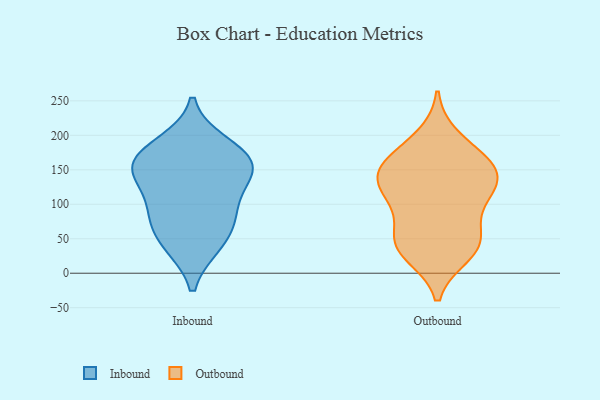
{"axis": {"x": "Inventory Turnover", "y": "Value"}, "legend": ["Inbound", "Outbound"], "data": [{"x": "", "y": 179, "type": "Inbound"}, {"x": "", "y": 162, "type": "Inbound"}, {"x": "", "y": 147, "type": "Inbound"}, {"x": "", "y": 92, "type": "Inbound"}, {"x": "", "y": 188, "type": "Inbound"}, {"x": "", "y": 76, "type": "Inbound"}, {"x": "", "y": 147, "type": "Inbound"}, {"x": "", "y": 41, "type": "Inbound"}, {"x": "", "y": 131, "type": "Inbound"}, {"x": "", "y": 87, "type": "Inbound"}, {"x": "", "y": 41, "type": "Inbound"}, {"x": "", "y": 158, "type": "Inbound"}, {"x": "", "y": 112, "type": "Outbound"}, {"x": "", "y": 142, "type": "Outbound"}, {"x": "", "y": 47, "type": "Outbound"}, {"x": "", "y": 122, "type": "Outbound"}, {"x": "", "y": 28, "type": "Outbound"}, {"x": "", "y": 150, "type": "Outbound"}, {"x": "", "y": 43, "type": "Outbound"}, {"x": "", "y": 97, "type": "Outbound"}, {"x": "", "y": 170, "type": "Outbound"}, {"x": "", "y": 53, "type": "Outbound"}, {"x": "", "y": 36, "type": "Outbound"}, {"x": "", "y": 196, "type": "Outbound"}, {"x": "", "y": 153, "type": "Outbound"}, {"x": "", "y": 156, "type": "Outbound"}, {"x": "", "y": 121, "type": "Outbound"}]}